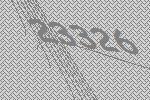
23326